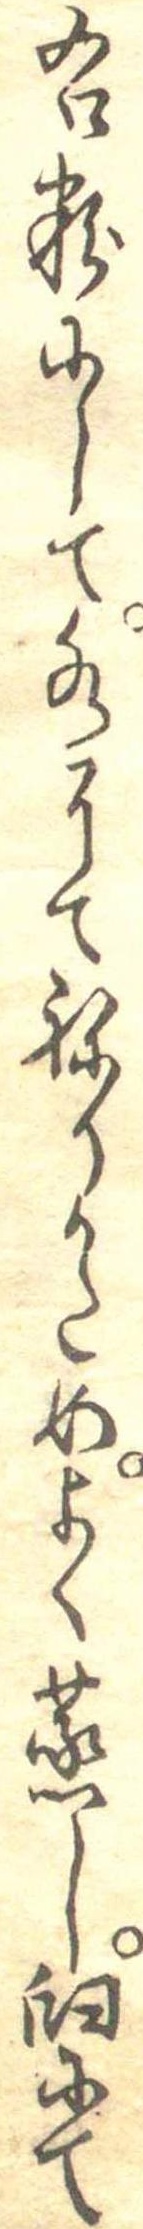
右粉にして水にてねりかためよく蒸し臼にて